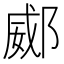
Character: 𨜠